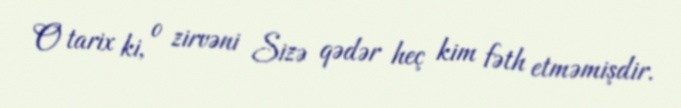
O tarix ki, o zirvəni Sizə qədər heç kim fəth etməmişdir.